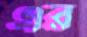
এর